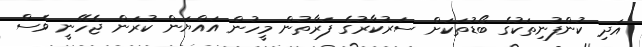
އަދި ކުންފުނިތަކުގެ ބޯޑުތަކަށް ސަރުކާރުގެ ފަރާތުން މީހުން އައްޔަން ކުރަން ޖެހޭނީ ވެސް